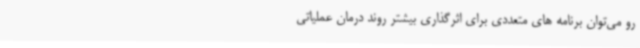
رو می‌توان برنامه‌ های متعددی برای اثرگذاری بیشتر روند درمان عملیاتی